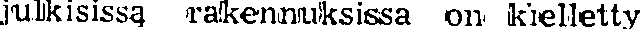
julkisissa rakenmuksissa on kielletty